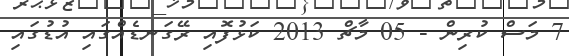
7 މަސް ކުރިން - 05 މާޗް 2013 ކަޅުފޮއި ރޭގަނޑެއްގައި އުޑުގައި